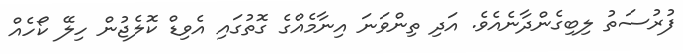
ފުރުސަތު ލިބިގެންދާނެއެވެ. އަދި ތިންވަނަ އިނާމެއްގެ ގޮތުގައި އެވިޑް ކޮލެޖުން ހިލޭ ކޯހެއް